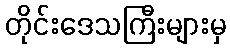
တိုင်းဒေသကြီးများမှ